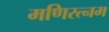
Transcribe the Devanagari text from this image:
मणिरत्‍नम